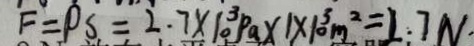
F = P S = 2 . 7 \times 1 0 ^ { 3 } P a \times 1 \times 1 0 ^ { 3 } m ^ { 2 } = 1 . 7 N \cdot